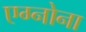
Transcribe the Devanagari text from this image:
एग्नोना